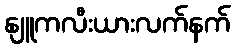
နျူကလီးယားလက်နက်